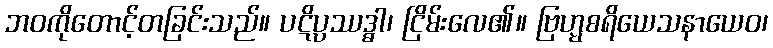
ဘဝကိုတောင့်တခြင်းသည်။ ပဋိပ္ပဿဒ္ဓါ၊ ငြိမ်းလေ၏။ ဗြဟ္မစရိယေသနာယေဝ၊